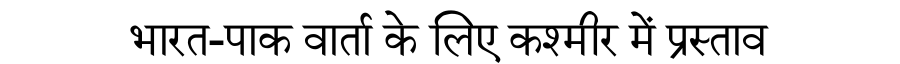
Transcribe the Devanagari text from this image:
भारत-पाक वार्ता के लिए कश्मीर में प्रस्ताव